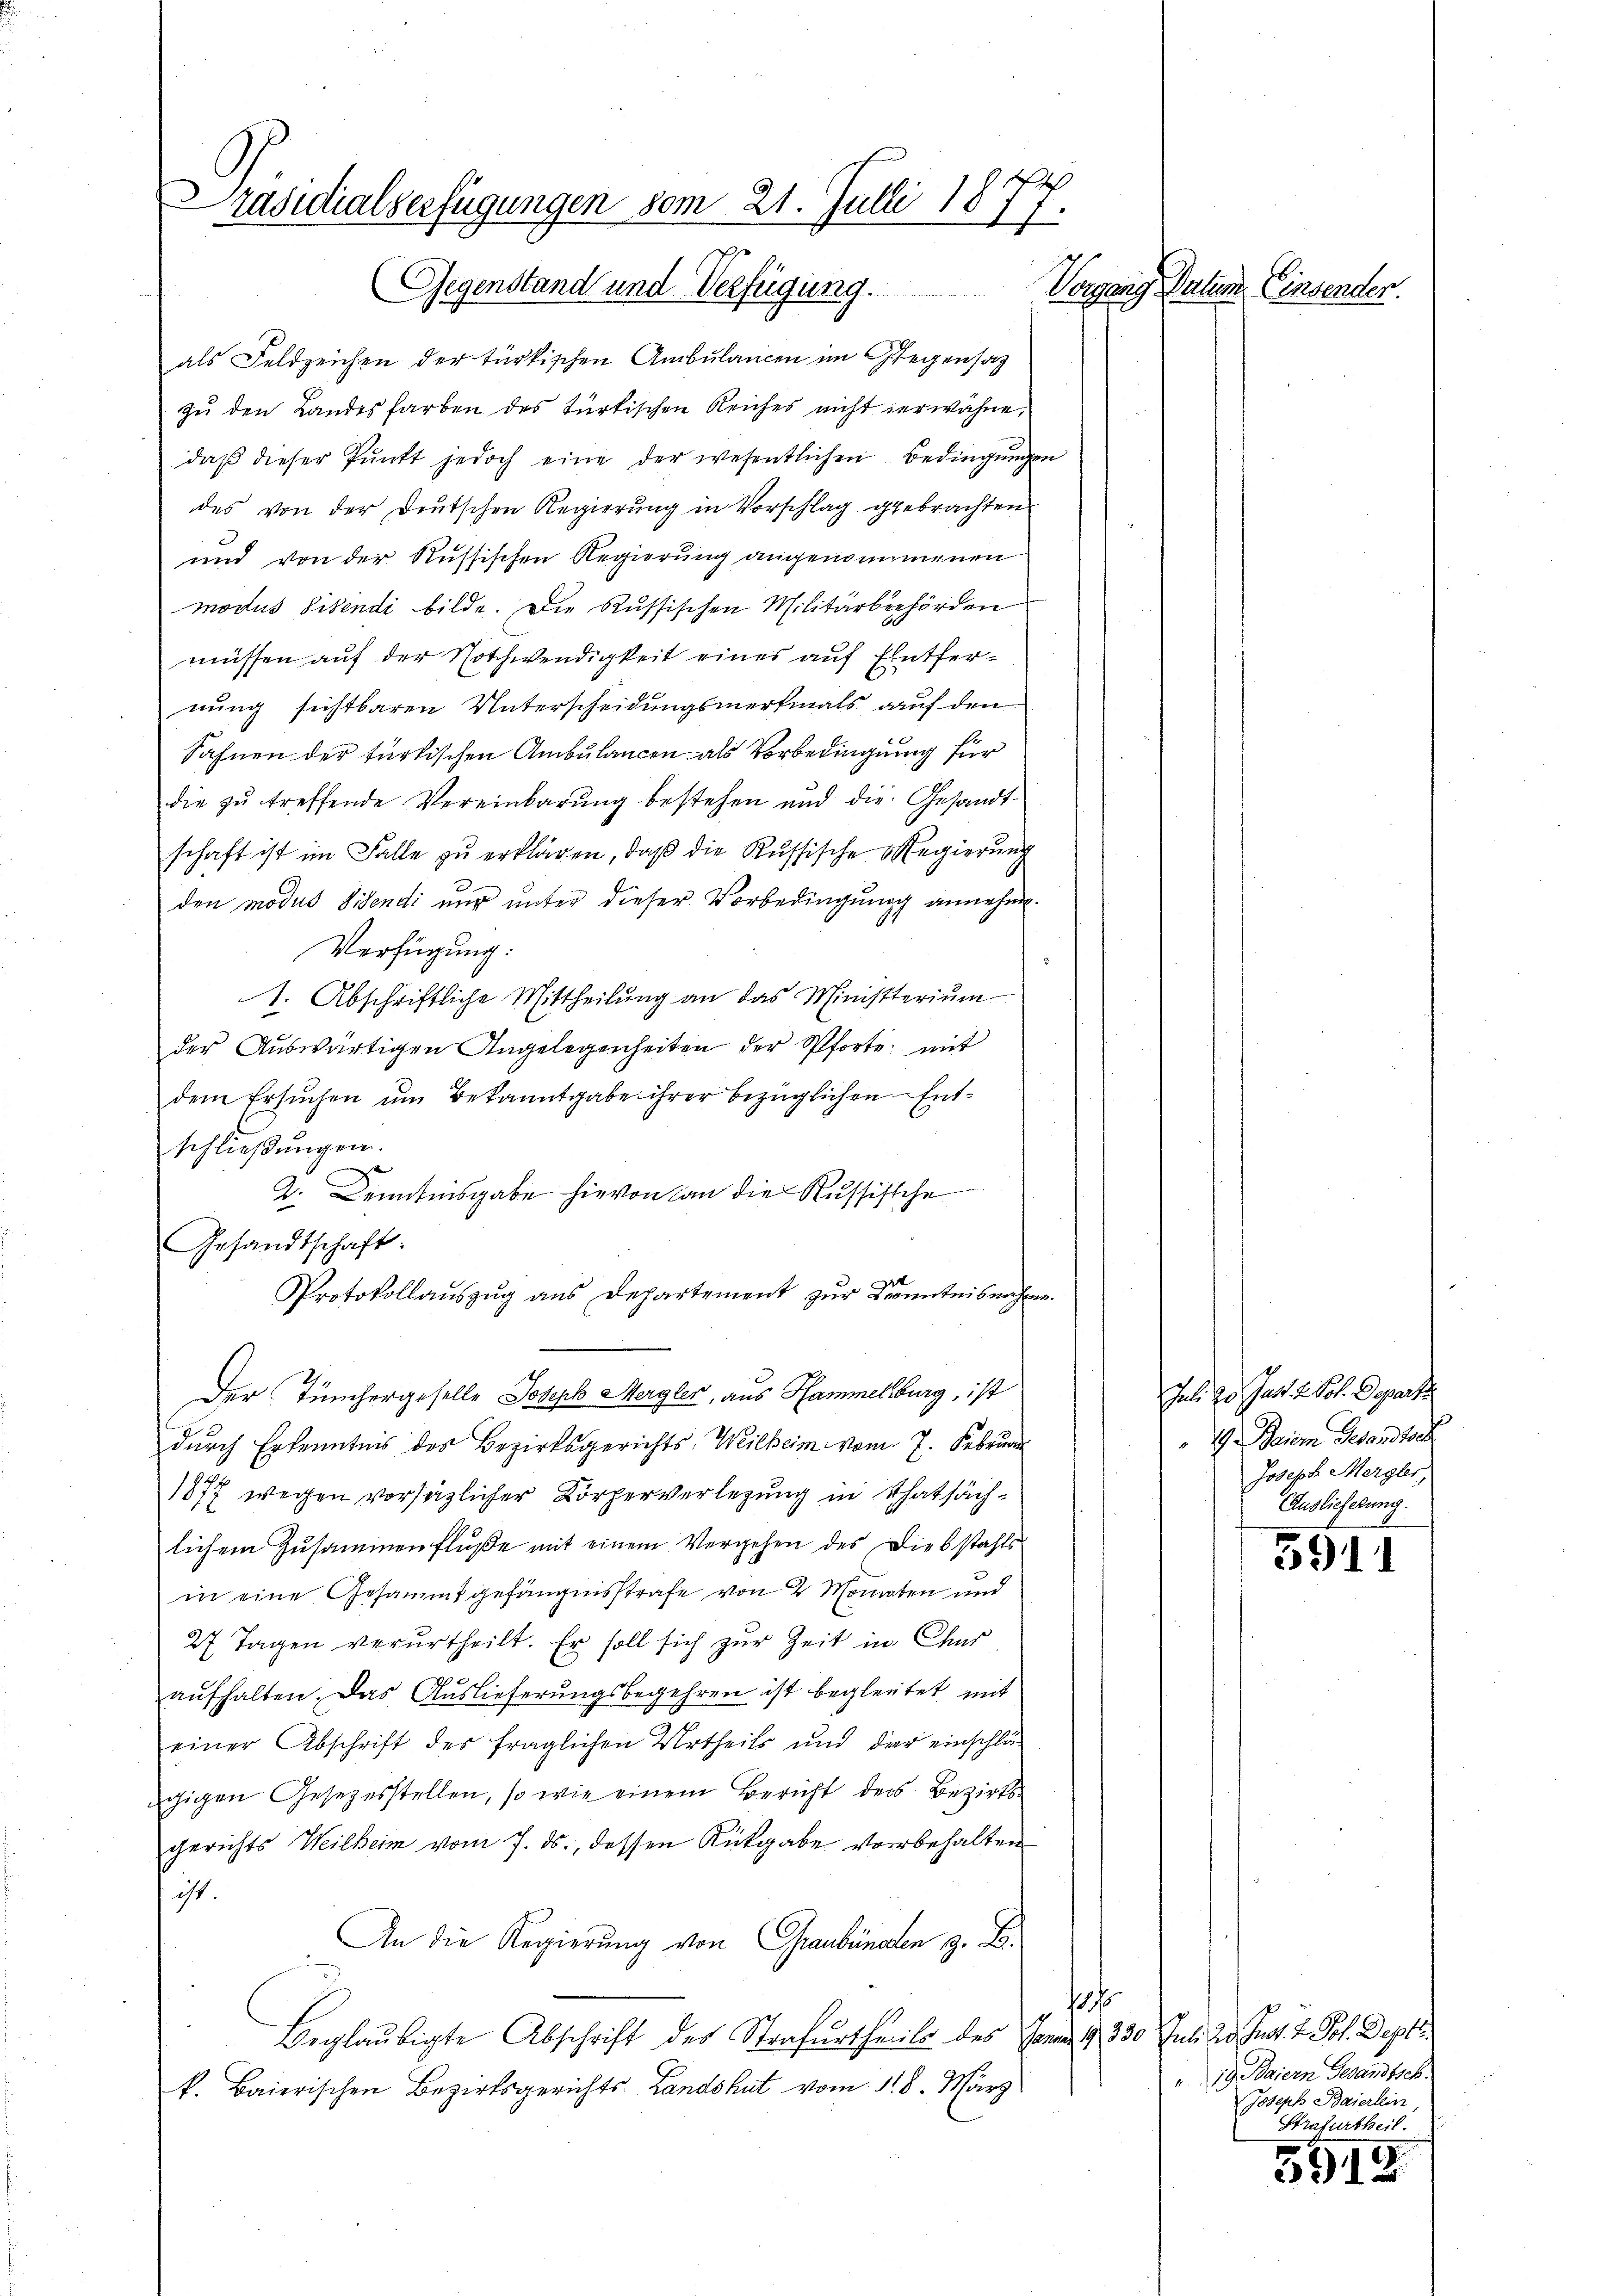
Präsidialserfügungen vom 21. Julli 1877.
Gegenstand und Verfügung.

als Feldzeichen der türkischen Ambulancen im Gegensatz
zu den Landesfarben des türkischen Reiches nicht erwähne,
daβ dieser Pŭnkt jedoch eine der wesentlichen Bedingŭngen
des von der Deutschen Regierŭng in Vorschlag gebrachten
und von der Russischen Regierung angenommenen
modus Eisendi bilde. Die Russischen Militärbehörden
müssen auf der Nothwendigkeit eines auf Entfernung sichtbaren Unterscheidungsmerkmals auf den
Sahnen der türkischen Ambulancen als Vorbedingung für
die zŭ treffende Vereinbarŭng bestehen und die Gesandt-
schaft ist im Falle zŭ erklären, daβ die Russische Regierung
den modus Videndi nur unter dieser Vorbedingung annehme.
Verfügung:
1. Abschriftliche Mittheilung an das Ministerium
der Auswärtigen Angelegenheiten der Pforte mit
dem Ersuchen um Bekanntgabe ihrer bezüglichen Entschließungen.
2. Kenntnisgabe hievon an die Russische
Gesandtschaft:
Protokollaŭszŭg ans Departement zŭr Kenntnisnahme.
Der Tünchergeselle Joseph Mergler, aus Hammelburg, ist
durch Erkenntnis des Bezirksgerichts Weilheim vom 7. Februar
1877 wegen vorsätzlicher Körperverlegung in Thatsächlichem Zusammenfluße mit einem Vergehen des Diebstahls
in eine Gesammt gefängnisstrafe von 2 Monaten und
27 Tagen verurtheilt. Er soll sich zur Zeit in Chur
es
aŭfhalten. Das Auslieferungsbegehren ist begleitet mit
einer Abschrift des fraglichen Urtheils und der einschlä-
gigen Gesezesstellen, so wie einem Bericht der Bezirks-
gerichts Weilheim vom 7. ds., dessen Rückgabe vorbehalten
ist.
An die Regierung von Graubünden z. B.
17
Beglaubigte Abschrift des Strafurtheils des Germ 1. 330. Juli die Inst. V. Joh. Deptik. Baierischen Bezirksgerichts- Landshut vom 1. 8. März

Vorgang Datum. Einsender.

Jul. an Gast u. Pot. Depart
G Gauem Gesandte
Joseph Mergler,
(Auslieferung.

5911

g. Baiern Gesandtsch
Joseph Baierlein
Strafurtheil.

3915